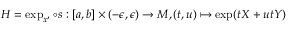
H = \exp _ { x ^ { \prime } } \circ s : [ a , b ] \times ( - \epsilon , \epsilon ) \rightarrow M , ( t , u ) \mapsto \exp ( t X + u t Y )